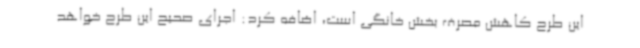
این طرح کاهش مصرف بخش خانگی است، اضافه کرد: اجرای صحیح این طرح خواهد